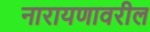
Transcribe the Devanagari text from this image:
नारायणावरील